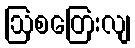
ဩစတြေးလျ